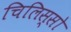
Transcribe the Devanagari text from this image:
चिलिस्सो